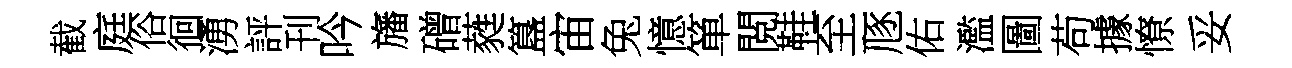
截庭俗徊湧評刊吟旛磳蕤簋宙兔憶箪閲鞋至豗佑濫圖苟據憭妥